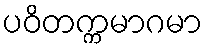
ပဝိတက္ကမာဂမာ